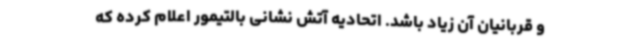
و قربانیان آن زیاد باشد. اتحادیه آتش نشانی بالتیمور اعلام کرده که